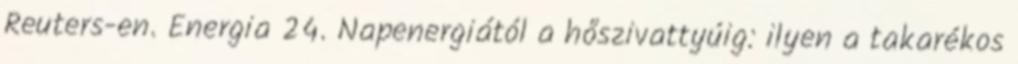
Reuters-en. Energia 24. Napenergiától a hőszivattyúig: ilyen a takarékos